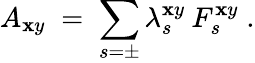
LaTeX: A_{\mathbf{x}y}\; =\; \sum_{s=\pm}\lambda_{s}^{\mathbf{x}y}\: F_{s}^{\mathbf{x}y}\; .